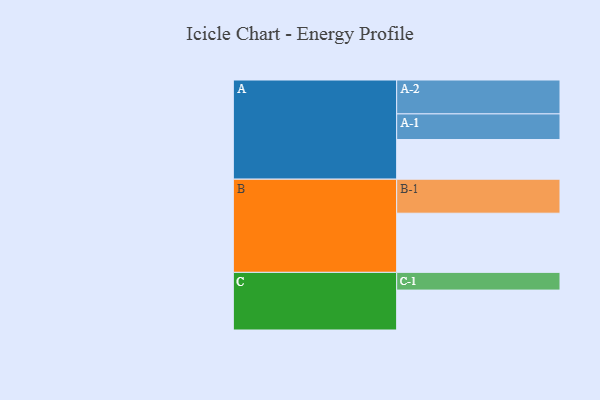
{"axis": {"x": "Segment", "y": "Value"}, "legend": ["", "A", "B", "C"], "data": [{"x": "A", "y": 336, "type": ""}, {"x": "B", "y": 501, "type": ""}, {"x": "C", "y": 338, "type": ""}, {"x": "A-1", "y": 217, "type": "A"}, {"x": "A-2", "y": 287, "type": "A"}, {"x": "B-1", "y": 288, "type": "B"}, {"x": "C-1", "y": 150, "type": "C"}]}